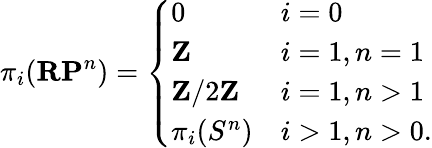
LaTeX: \pi_{i}(\mathbf{RP}^{n})={\left\{ \begin{array}{ll}{0}&{i=0}\\ {\mathbf{Z}}&{i=1,n=1}\\ {\mathbf{Z}/2\mathbf{Z}}&{i=1,n>1}\\ {\pi_{i}(S^{n})}&{i>1,n>0.}\end{array}\right.}